Juri_Uluots, lk 3
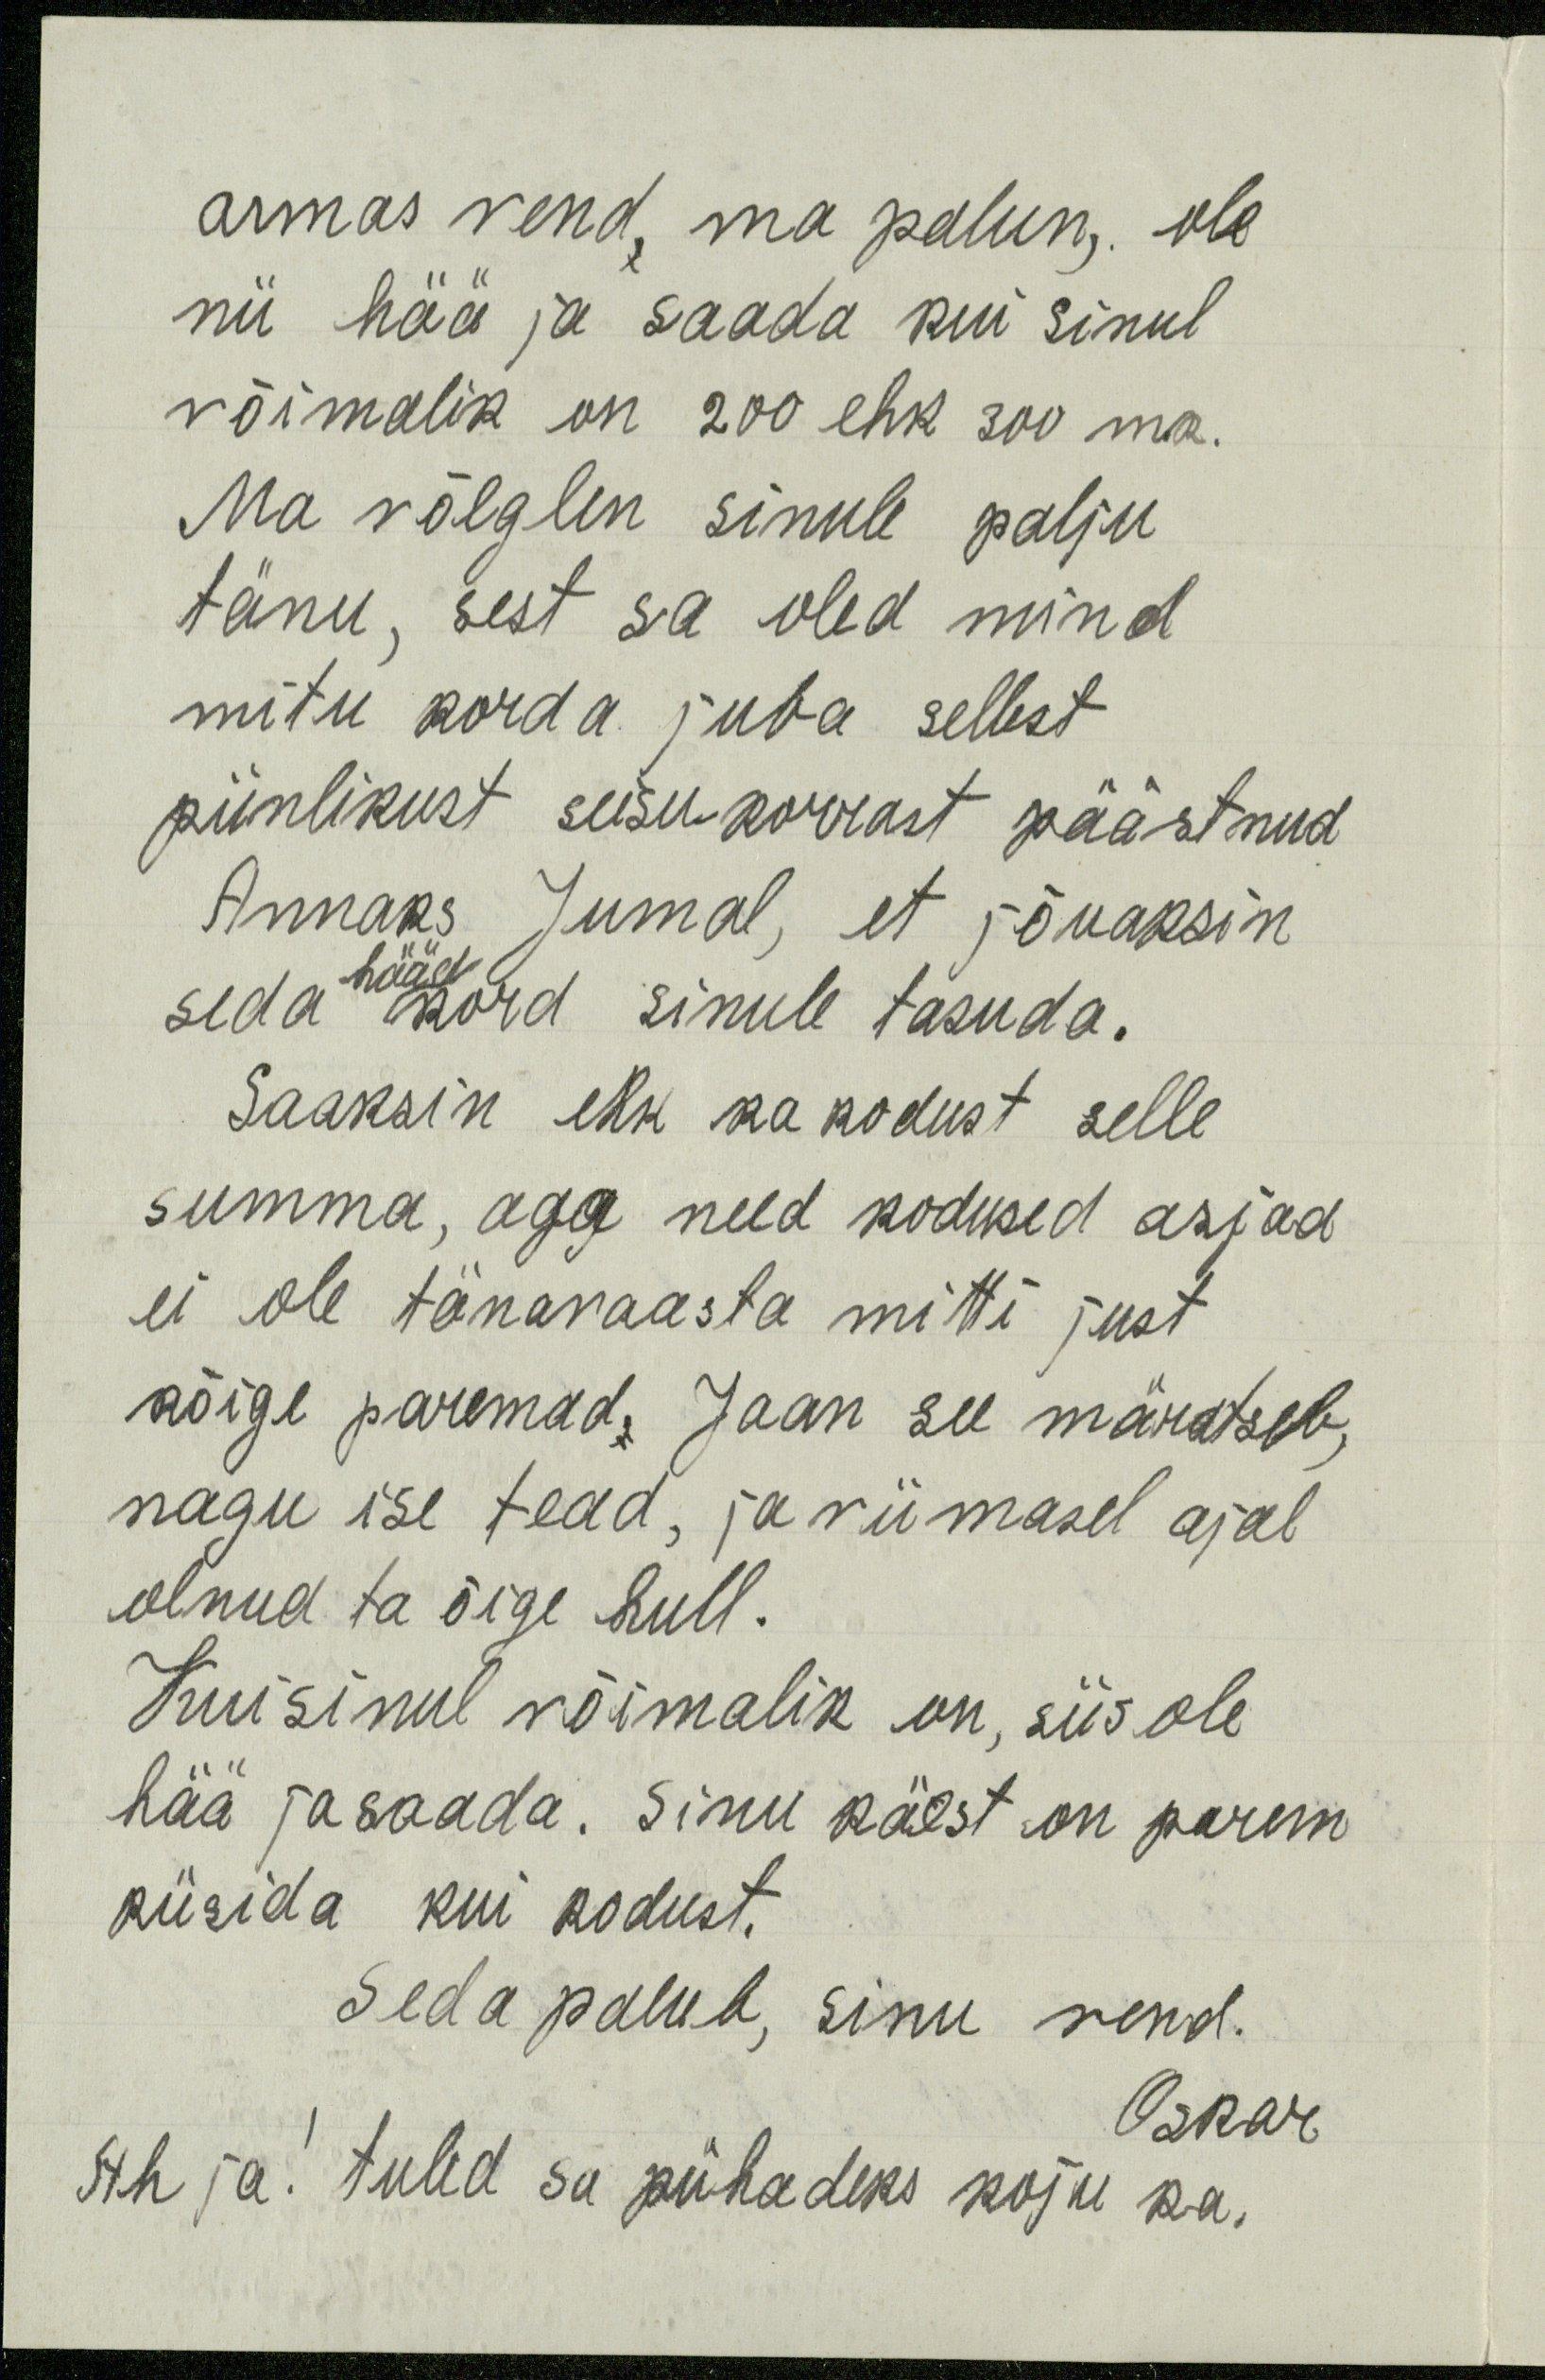
armas vend, ma palun, ole
nii hää ja saada kui sinul
võimalik on 200 ehk 300 mk.
Ma võlglen sinule palju
tänu, sest sa oled mind
mitu korda juba sellest
piinlikust seisukorrast päästnud
Annaks Jumal, et jõuaksin
hääd
seda kord sinule tasuda.
Saaksin ehk ka kodust selle
summa, aga need kodused asjad
ei ole tänavaasta mitti just
kõige paremad. Jaan see märatseb,
nagu ise tead, ja viimasel ajal
olnud ta õige hull.
Kui sinul võimalik on, siis ole
hää ja saada. Sinu käest on parem
küsida kui kodust.
Seda palub, sinu vend.
Oskar
Ah ja! tuled sa pühadeks koju ka.